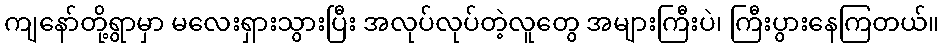
ကျနော်တို့ရွာမှာ မလေးရှားသွားပြီး အလုပ်လုပ်တဲ့လူတွေ အများကြီးပဲ၊ ကြီးပွားနေကြတယ်။